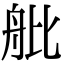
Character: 舭